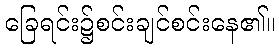
ခြေရင်း၌စင်းချင်စင်းနေ၏။